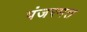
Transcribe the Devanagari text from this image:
पंजरमत